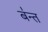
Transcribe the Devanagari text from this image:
ब॑न्त